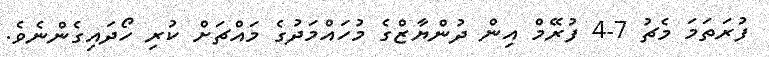
ފުރަތަމަ މެޗު 7-4 ފުރޭމް އިން ދުންޔާޒްގެ މުހައްމަދުގެ މައްޗަށް ކުރި ހޯދައިގެންނެވެ.